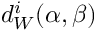
d _ { W } ^ { i } ( \alpha , \beta )